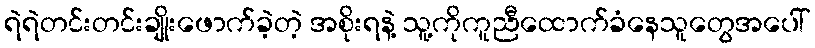
ရဲရဲတင်းတင်းချိုးဖောက်ခဲ့တဲ့ အစိုးရနဲ့ သူ့ကိုကူညီထောက်ခံနေသူတွေအပေါ်